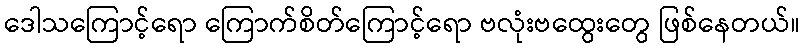
ဒေါသကြောင့်ရော ကြောက်စိတ်ကြောင့်ရော ဗလုံးဗထွေးတွေ ဖြစ်နေတယ်။